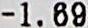
-1.69